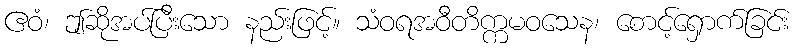
ဧဝံ၊ ဤဆိုအပ်ပြီးသော နည်းဖြင့်။ သံဝရအဝီတိက္ကမဝသေန၊ စောင့်ရှောက်ခြင်း